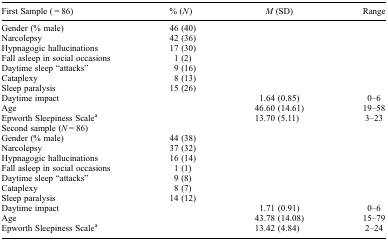
<table><thead><tr><td><b>First Sample ( = 86)</b></td><td><b>% (<i>N</i>)</b></td><td><b><i>M</i> (SD)</b></td><td><b>Range</b></td></tr></thead><tbody><tr><td>Gender (% male)</td><td>46 (40)</td><td> </td><td> </td></tr><tr><td>Narcolepsy</td><td>42 (36)</td><td> </td><td> </td></tr><tr><td>Hypnagogic hallucinations</td><td>17 (30)</td><td> </td><td> </td></tr><tr><td>Fall asleep in social occasions</td><td>1 (2)</td><td> </td><td> </td></tr><tr><td>Daytime sleep “attacks”</td><td>9 (16)</td><td> </td><td> </td></tr><tr><td>Cataplexy</td><td>8 (13)</td><td> </td><td> </td></tr><tr><td>Sleep paralysis</td><td>15 (26)</td><td> </td><td> </td></tr><tr><td>Daytime impact</td><td> </td><td>1.64 (0.85)</td><td>0–6</td></tr><tr><td>Age</td><td> </td><td>46.60 (14.61)</td><td>19–58</td></tr><tr><td>Epworth Sleepiness Scale<sup>a</sup></td><td> </td><td>13.70 (5.11)</td><td>3–23</td></tr><tr><td>Second sample (<i>N</i> = 86)</td><td> </td><td> </td><td> </td></tr><tr><td>Gender (% male)</td><td>44 (38)</td><td> </td><td> </td></tr><tr><td>Narcolepsy</td><td>37 (32)</td><td> </td><td> </td></tr><tr><td>Hypnagogic hallucinations</td><td>16 (14)</td><td> </td><td> </td></tr><tr><td>Fall asleep in social occasions</td><td>1 (1)</td><td> </td><td> </td></tr><tr><td>Daytime sleep “attacks”</td><td>9 (8)</td><td> </td><td> </td></tr><tr><td>Cataplexy</td><td>8 (7)</td><td> </td><td> </td></tr><tr><td>Sleep paralysis</td><td>14 (12)</td><td> </td><td> </td></tr><tr><td>Daytime impact</td><td> </td><td>1.71 (0.91)</td><td>0–6</td></tr><tr><td>Age</td><td> </td><td>43.78 (14.08)</td><td>15–79</td></tr><tr><td>Epworth Sleepiness Scale<sup>a</sup></td><td> </td><td>13.42 (4.84)</td><td>2–24</td></tr></tbody></table>